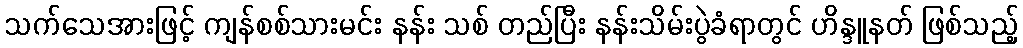
သက်သေအားဖြင့် ကျန်စစ်သားမင်း နန်း သစ် တည်ပြီး နန်းသိမ်းပွဲခံရာတွင် ဟိန္ဒူနတ် ဖြစ်သည့်